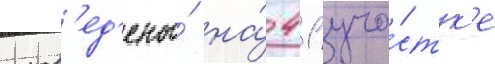
пров'ед'ены́ на́ 41 уча́стк'е